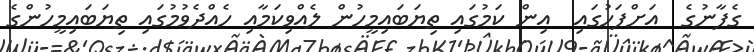
ގެފާނުގެ  އަށްފަހުގައި  އިން ކަމުގައި ތިޔަބައިމީހުން ލެއްވިކަމާއި ހެއްދެވުމުގައި ތިޔަބައިމީހުންގެ